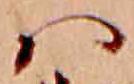
ハ